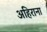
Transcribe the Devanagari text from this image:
अहिराना